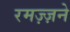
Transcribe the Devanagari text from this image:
रमज़्ज़ने